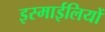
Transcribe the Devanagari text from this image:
इस्माईलियों